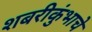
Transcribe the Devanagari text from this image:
शबरीकुंभाचे